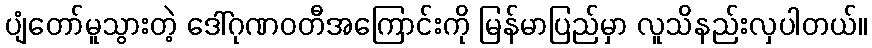
ပျံတော်မူသွားတဲ့ ဒေါ်ဂုဏဝတီအကြောင်းကို မြန်မာပြည်မှာ လူသိနည်းလှပါတယ်။